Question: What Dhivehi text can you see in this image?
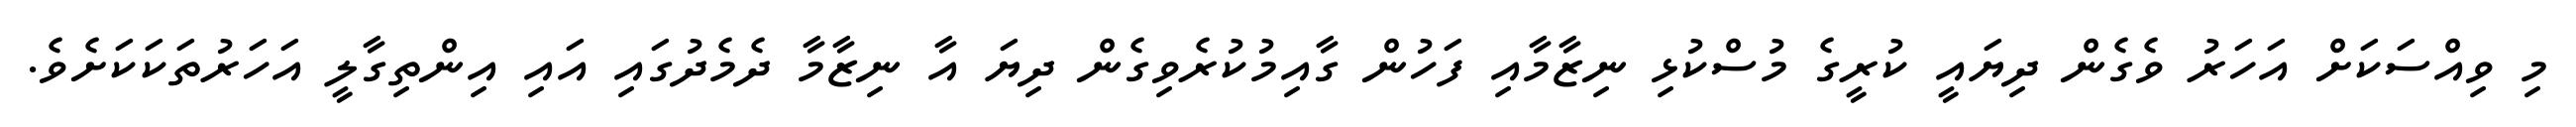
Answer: މި ވިއްސަކަށް އަހަރު ވެގެން ދިޔައީ ކުރީގެ މުސްކުޅި ނިޒާމާއި ފަހުން ގާއިމުކުރެވިގެން ދިޔަ އާ ނިޒާމާ ދެމެދުގައި އައި އިންތިގާލީ އަހަރުތަކަކަށެވެ.